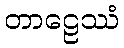
တာဠေဿံ